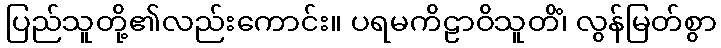
ပြည်သူတို့၏လည်းကောင်း။ ပရမကိဠာဝိသူတိံ၊ လွန်မြတ်စွာ